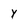
Character: Y